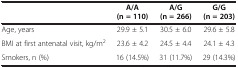
<table><thead><tr><td><b> </b></td><td><b>A/A</b></td><td><b>A/G</b></td><td><b>G/G</b></td></tr><tr><td><b> </b></td><td><b>(n = 110)</b></td><td><b>(n = 266)</b></td><td><b>(n = 203)</b></td></tr></thead><tbody><tr><td>Age, years</td><td>29.9 ± 5.1</td><td>30.5 ± 6.0</td><td>29.6 ± 5.8</td></tr><tr><td>BMI at first antenatal visit, kg/m<sup>2</sup></td><td>23.6 ± 4.2</td><td>24.5 ± 4.4</td><td>24.1 ± 4.3</td></tr><tr><td>Smokers, n (%)</td><td>16 (14.5%)</td><td>31 (11.7%)</td><td>29 (14.3%)</td></tr></tbody></table>